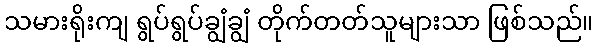
သမားရိုးကျ ရွပ်ရွပ်ချွံချွံ တိုက်တတ်သူများသာ ဖြစ်သည်။